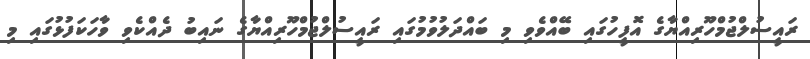
ރައީސުލްޖުމްހޫރިއްޔާގެ އޮފީހުގައި ބޭއްވެވި މި ބައްދަލުވުމުގައި ރައީސުލްޖުމްހޫރިއްޔާގެ ނައިބު ދެއްކެވި ވާހަކަފުޅުގައި މި